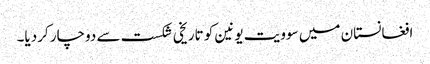
افغانستان میں سوویت یونین کو تاریخی شکست سے دوچار کردیا۔